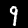
Label: 9